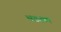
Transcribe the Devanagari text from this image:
भटटल